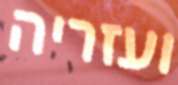
ועזריה